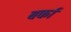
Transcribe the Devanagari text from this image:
बर्का